Indian journal of veterinary science and animal husbandry - Volume 5,
Year: 1935
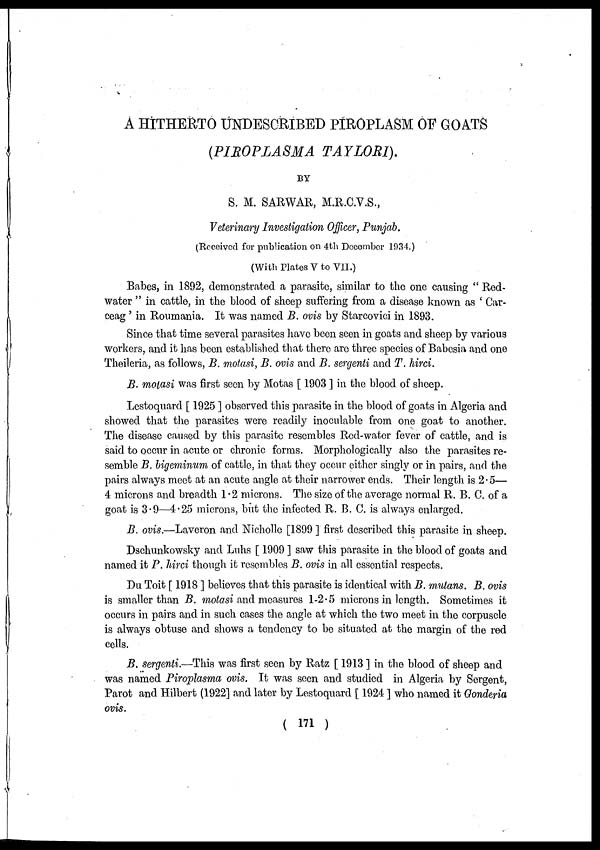
A HITHERTO UNDESCRIBED PIROPLASM OF GOATS
(PIROPLASMA TAYLORI).
BY
S. M. SARWAR, M.R.C.V.S.,
Veterinary Investigation Officer, Punjab.
(Received for publication on 4th December 1934.)
(With Plates V to VII.)
Babes, in 1892, demonstrated a parasite, similar to the one causing " Red-
water " in cattle, in the blood of sheep suffering from a disease known as ' Car-
ceag ' in Roumania. It was named B. ovis by Starcovici in 1893.
Since that time several parasites have been seen in goats and sheep by various
workers, and it has been established that there are three species of Babesia and one
Theileria, as follows, B. motasi, B. ovis and B. sergenti and T. hirci.
B. motasi was first seen by Motas [ 1903 ] in the blood of sheep.
Lestoquard [ 1925 ] observed this parasite in the blood of goats in Algeria and
showed that the parasites were readily inoculable from one goat to another.
The disease caused by this parasite resembles Red-water fever of cattle, and is
said to occur in acute or chronic forms. Morphologically also the parasites re-
semble B. bigeminum of cattle, in that they occur either singly or in pairs, and the
pairs always meet at an acute angle at their narrower ends. Their length is 2.5—
4 microns and breadth 1.2 microns. The size of the average normal R. B. C. of a
goat is 3.9—4.25 microns, but the infected R. B. C. is always enlarged.
B. ovis.—Laveron and Nicholle [1899 ] first described this parasite in sheep.
Dschunkowsky and Luhs [ 1909 ] saw this parasite in the blood of goats and
named it P. hirci though it resembles B. ovis in all essential respects.
Du Toit [ 1918 ] believes that this parasite is identical with B. mutans. B. ovis
is smaller than B. motasi and measures 1-2.5 microns in length. Sometimes it
occurs in pairs and in such cases the angle at which the two meet in the corpuscle
is always obtuse and shows a tendency to be situated at the margin of the red
cells.
B. sergenti.—This was first seen by Ratz [ 1913 ] in the blood of sheep and
was named Piroplasma ovis. It was seen and studied in Algeria by Sergent,
Parot and Hilbert (1922] and later by Lestoquard [ 1924 ] who named it Gonderia
ovis.
( 171 )